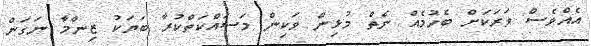
އެއްވެސް ވަރަކަށް ބެހުމެއް ނެތް މުޅިން ވަކިން މަސައްކަތްކުރާ ބަޔަކު ޒިންމާ ނަގަން